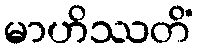
မာဟိဿတိံ